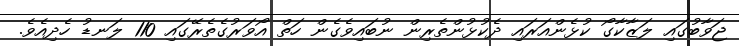
ޖަވާބުގައި ލަޒާކާގޯ ކުޅެންއަރައި ދެކުޅުންތެރިން ނުބައިވެގެން ހަތް އޯވަރުގެތެރޭގައި 110 ލަނޑު ހެދިއެވެ.